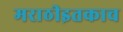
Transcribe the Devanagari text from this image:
मराठीइतकाच